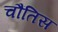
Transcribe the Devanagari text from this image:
चौंतिस